Vaccination returns of the Province of Eastern Bengal and Assam - 1905-1912
Year: 1905
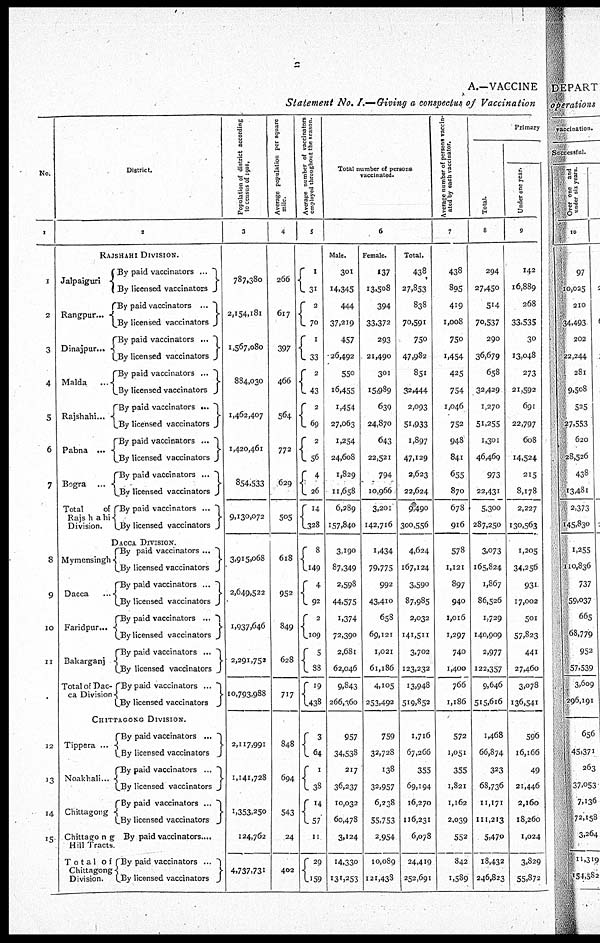
2
A.—VACCINE
Statement No. I.—Giving a conspectus of Vaccination
No.
1
1
2
3
4
5
6
7
8
9
10
11
12
13
14
15
District.
2
RAJSHAHI DIVISION.
Jalpaiguri
Rangpur...
Dinajpur...
Malda ...
Rajshahi...
Pabna ...
Bogra ...
Total
of
Rajshahi
Division.
By paid vaccinators ...
By licensed vaccinators
By paid vaccinators ...
By licensed vaccinators
By paid vaccinators ...
By licensed vaccinators
By paid vaccinators ...
By licensed vaccinators
By paid vaccinators ...
By licensed vaccinators
By paid vaccinators ...
By licensed vaccinators
By paid vaccinators ...
By licensed vaccinators
By paid vaccinators ...
By licensed vaccinators
DACCA DIVISION.
Mymensingh
Dacca
...
Faridpur...
Bakargani
Total of Dac¬
ca Division
By paid vaccinators ...
By licensed vaccinators
By paid vaccinators ...
By licensed vaccinators
By paid vaccinators ...
By licensed vaccinators
By paid vaccinators ...
By licensed vaccinators
By paid vaccinators ...
By licensed vaccinators
CHITTAGONG DIVISION.
Tippera ...
Noakhali...
Chittagong
Chittagong
Hill Tracts.
Total of
Chittagong
Division.
By paid vaccinators ...
By licensed vaccinators
By paid vaccinators ...
By licensed vaccinators
By paid vaccinators ...
By licensed vaccinators
By paid vaccinators....
By paid vaccinators ...
By licensed vaccinators
Population of district according
to census of 1901.
3
787,380
2,154,181
1,567,080
884,030
1,462,407
1,420,461
854,533
9,130,072
3,915,068
2,649,522
1,937,646
2,291,752
10,793,988
2,117,991
1,141,728
1,353,250
124,762
4,737,731
Average population per square
mile.
4
266
617
397
466
564
772
629
505
618
952
849
628
717
848
694
543
24
402
Average number of vaccinators
employed throughout the season.
5
1
31
2
70
1
33
2
43
2
69
2
56
4
26
14
328
8
149
4
92
2
109
5
88
19
438
3
64
1
38
14
57
11
29
159
Total number of persons
vaccinated.
6
Male.
301
14,345
444
37,219
457
26,492
550
16,455
1,454
27,063
1,254
24,608
1,829
11,658
6,289
157,840
3,190
87,349
2,598
44,575
1,374
72,390
2,681
62,046
9,843
266,360
957
34,538
217
36,237
10,032
60,478
3,124
14,330
131,253
Female.
137
13,508
394
33,372
293
21,490
301
15,989
639
24,870
643
22,521
794
10,966
3,201
142,716
1,434
79,775
992
43,410
658
69,121
1,021
61,186
4,105
253,492
759
32,728
138
32,957
6,238
55,753
2,954
10,089
121,438
Total.
438
27,853
838
70,591
750
47,982
851
32,444
2,093
51,933
1,897
47,129
2,623
22,624
9,490
300,556
4,624
167,124
3,590
87,985
2,032
141,511
3,702
123,232
13,948
519,852
1,716
67,266
355
69,194
16,270
116,231
6,078
24,419
252,691
Average number of persons vaccin-
ated by each vaccinator.
7
438
895
419
1,008
750
1,454
425
754
1,046
752
948
841
655
870
678
916
578
1,121
897
940
1,016
1,297
740
1,400
766
1,186
572
1,051
355
1,821
1,162
2,039
552
842
1,589
Primary
Total.
8
294
27,450
514
70,537
290
36,679
658
32,429
1,270
51,255
1,301
46,469
973
22,431
5,300
287,250
3,073
165,824
1,867
86,526
1,729
140,909
2,977
122,357
9,646
515,616
1,468
66,874
323
68,736
11,171
111,213
5,470
18,432
246,823
Under one year.
9
142
16,889
268
33,535
30
13,048
273
21,592
691
22,797
608
14,524
215
8,178
2,227
130,563
1,205
34,256
931
17,002
501
57,823
441
27,460
3,078
136,541
596
16,166
49
21,446
2,160
18,260
1,024
3,829
55,872